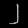
Digit: ၂